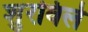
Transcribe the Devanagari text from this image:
शुरविले